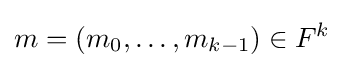
m=(m_{0},\dots ,m_{k-1})\in F^{k}